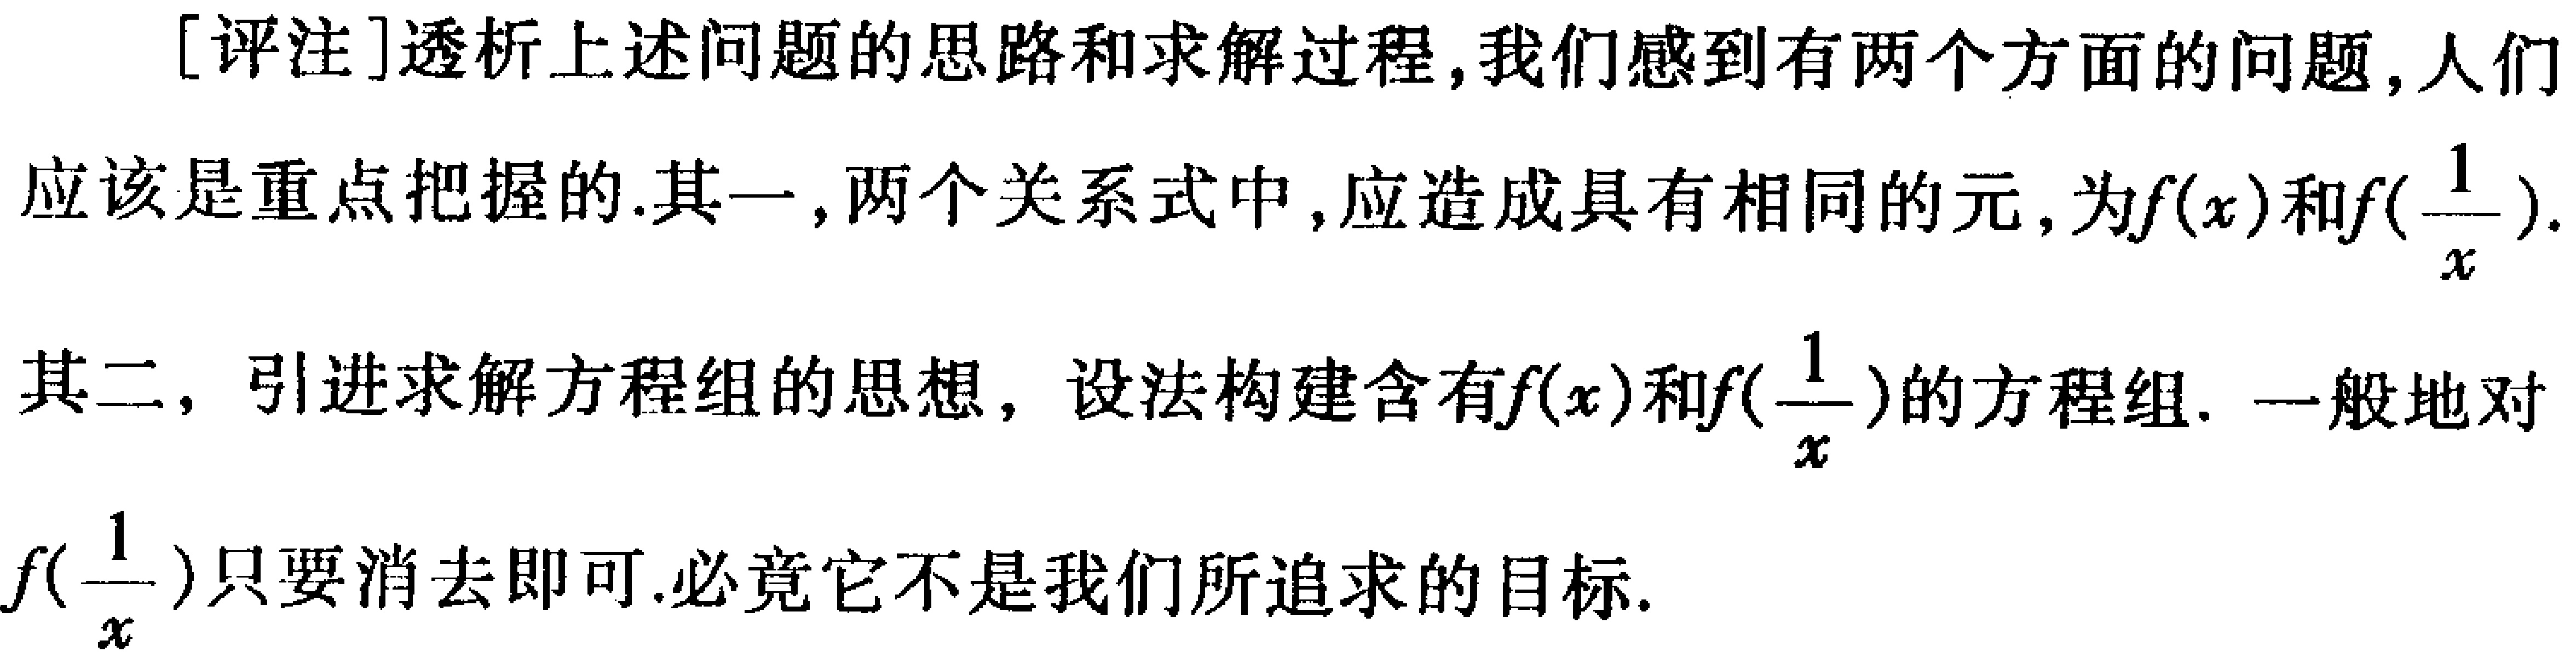
[评注]透析上述问题的思路和求解过程,我们感到有两个方面的问题,人们应该是重点把握的.其一,两个关系式中,应造成具有相同的元,为\(f(x)\)和\(f(\frac{1}{x})\).其二, 引进求解方程组的思想, 设法构建含有\(f(x)\)和\(f(\frac{1}{x})\)的方程组. 一般地对\(f(\frac{1}{x})\)只要消去即可.必竟它不是我们所追求的目标.